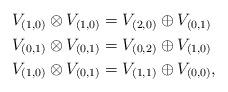
LaTeX: \begin{align*} \begin{aligned} V_{(1,0)}\otimes V_{(1,0)} &= V_{(2,0)} \oplus V_{(0,1)} \\ V_{(0,1)}\otimes V_{(0,1)} &= V_{(0,2)} \oplus V_{(1,0)} \\ V_{(1,0)}\otimes V_{(0,1)} &= V_{(1,1)} \oplus V_{(0,0)}, \end{aligned} \end{align*}